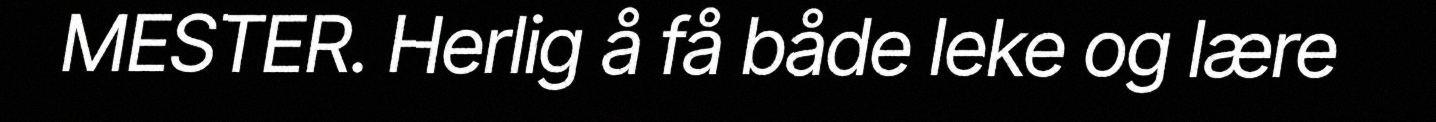
MESTER. Herlig å få både leke og lære